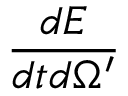
\frac { d E } { d t d \Omega ^ { \prime } }